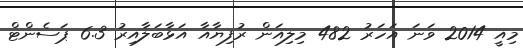
މިއީ 2014 ވަނަ އަހަރު 482 މިލިއަން ރުފިޔާއާ އަޅާބަލާއިރު 6.3 ޕަސެންޓް